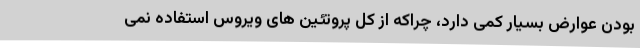
بودن عوارض بسیار کمی دارد، چراکه از کل پروتئین های ویروس استفاده نمی